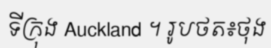
ទីក្រុង Auckland ។ រូបថត៖ថុង